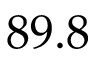
8 9 . 8